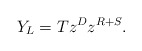
\begin{align*} Y_{L}=Tz^{D}z^{R+S}. \end{align*}